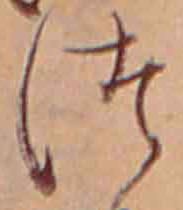
つ